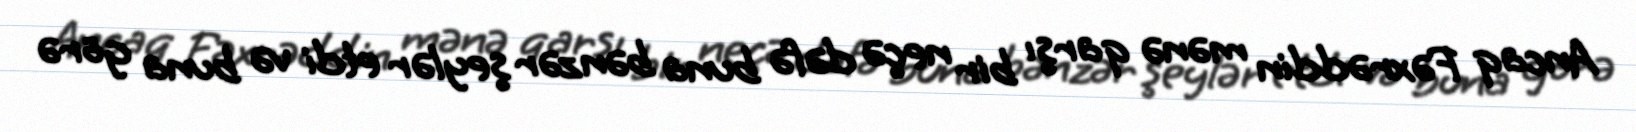
Ancaq Fəxrəddin mənə qarşı bir neçə dəfə buna bənzər şeylər etdi və buna görə